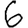
Digit: 6